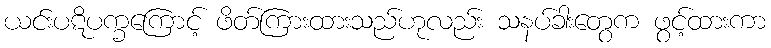
ယင်းပဋိပက္ခကြောင့် ဖိတ်ကြားထားသည်ဟုလည်း သနပ်ခါးတွေက ဖွင့်ထားကာ